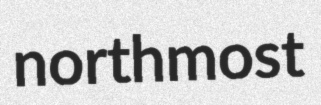
northmost